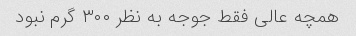
همچه عالی فقط جوجه به نظر ۳۰۰ گرم نبود